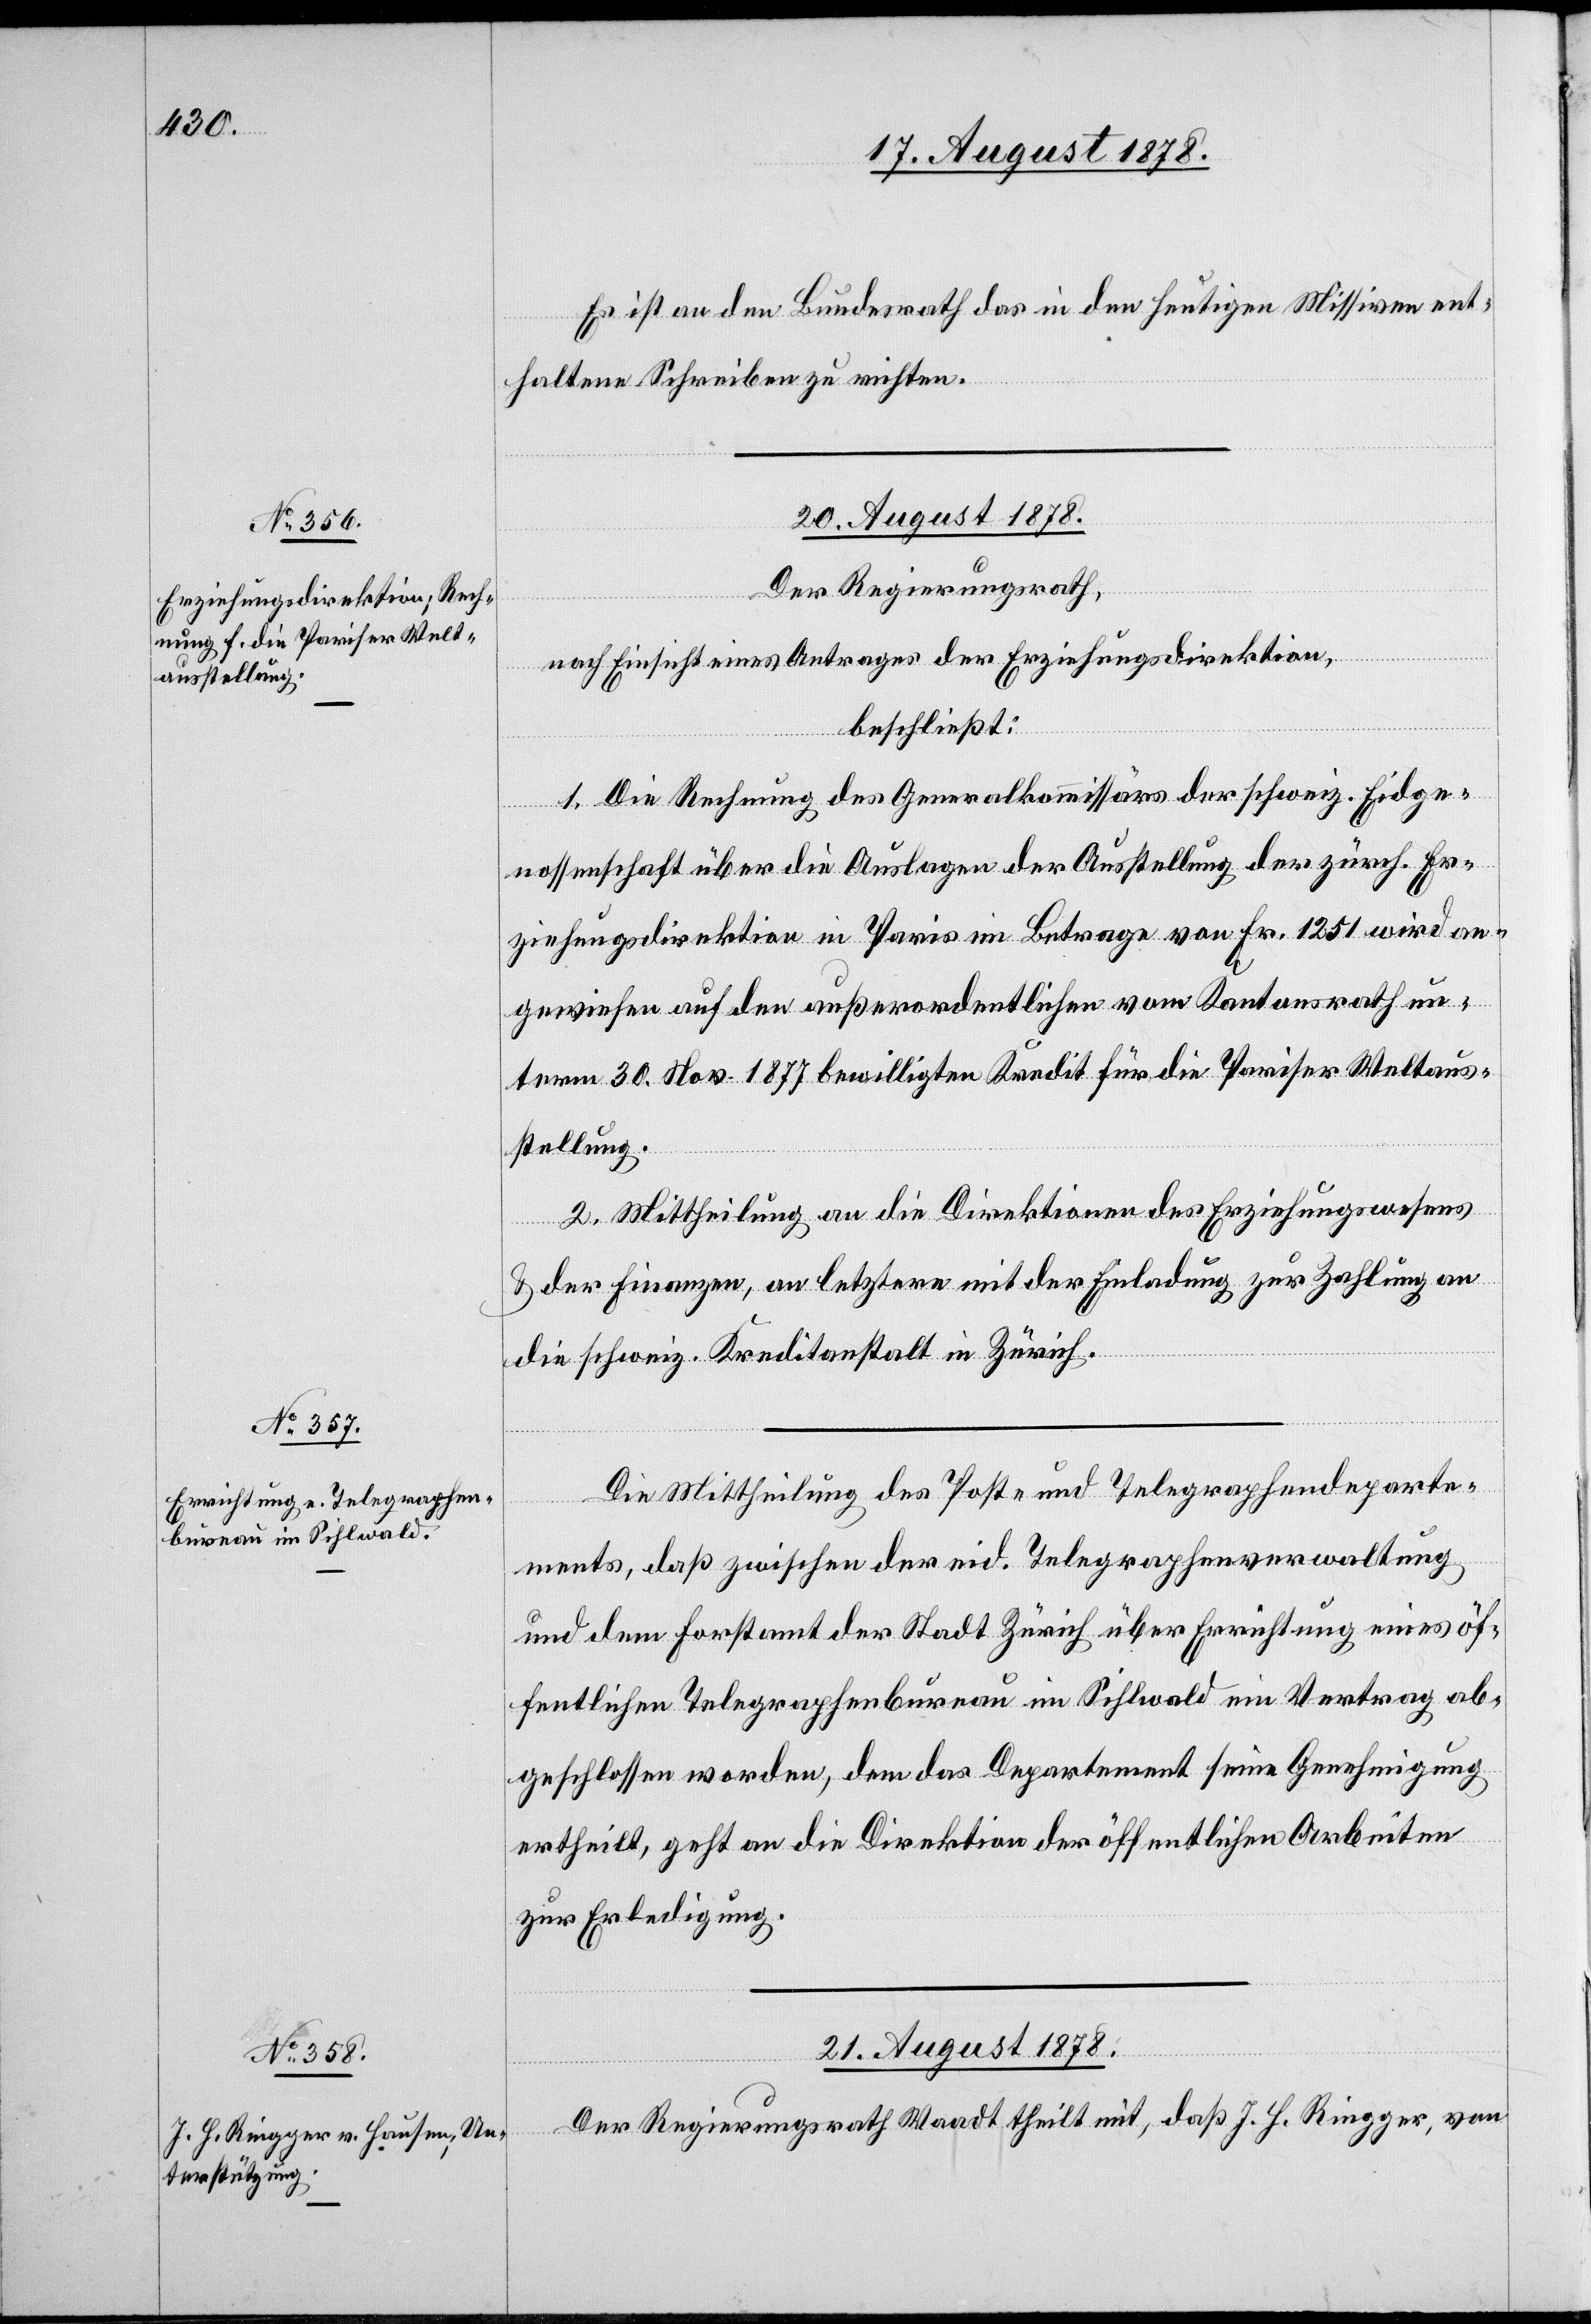
Es ist an den Bundesrath das in den heutigen Missiven ent¬
haltene Schreiben zu richten.
20. August 1878.]
Der Regierungsrath,
nach Einsicht eines Antrages der Erziehungsdirektion,
beschließt:
1. Die Rechnung des Generalkommissärs der schweiz. Eidge¬
nossenschaft über die Auslagen der Ausstellung der zürch. Er¬
ziehungsdirektion in Paris im Betrage von Fr. 1251 wird an¬
gewiesen auf den außerordentlichen vom Kantonsrath un¬
term 30. Nov. 1877 bewilligten Kredit für die Pariser Weltaus¬
stellung.
2. Mittheilung an die Direktionen des Erziehungswesens
& der Finanzen, an letztere mit der Einladung zur Zahlung an
die schweiz. Kreditanstalt in Zürich.
Die Mittheilung des Post- und Telegraphendeparte¬
ments, daß zwischen der eid. Telegraphenverwaltung
und dem Forstamt der Stadt Zürich über Errichtung eines öf¬
fentlichen Telegraphenbureau im Sihlwald ein Vertrag ab¬
geschlossen worden, dem das Departement seine Genehmigung
ertheilt, geht an die Direktion der öffentlichen Arbeiten
zur Erledigung.
21. August 1878.
Der Regierungsrath Waadt theilt mit, daß J. H. Riegger, von